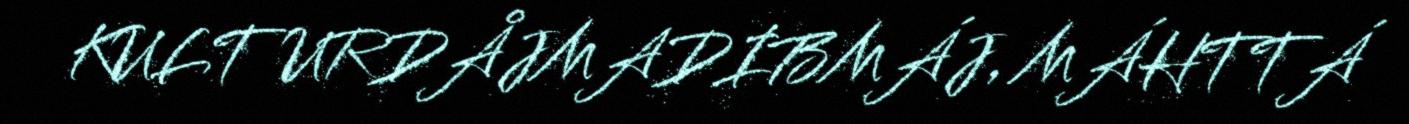
KULTURDÅJMADIBMÁJ, MÁHTTÁ